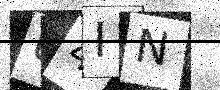
Text: U4IN